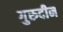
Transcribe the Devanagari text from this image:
गुरुदीन